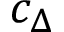
c _ { \Delta }